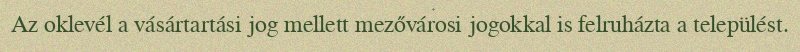
Az oklevél a vásártartási jog mellett mezővárosi jogokkal is felruházta a települést.